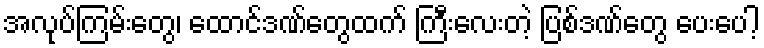
အလုပ်ကြမ်းတွေ၊ ထောင်ဒဏ်တွေထက် ကြီးလေးတဲ့ ပြစ်ဒဏ်တွေ ပေးပေါ့